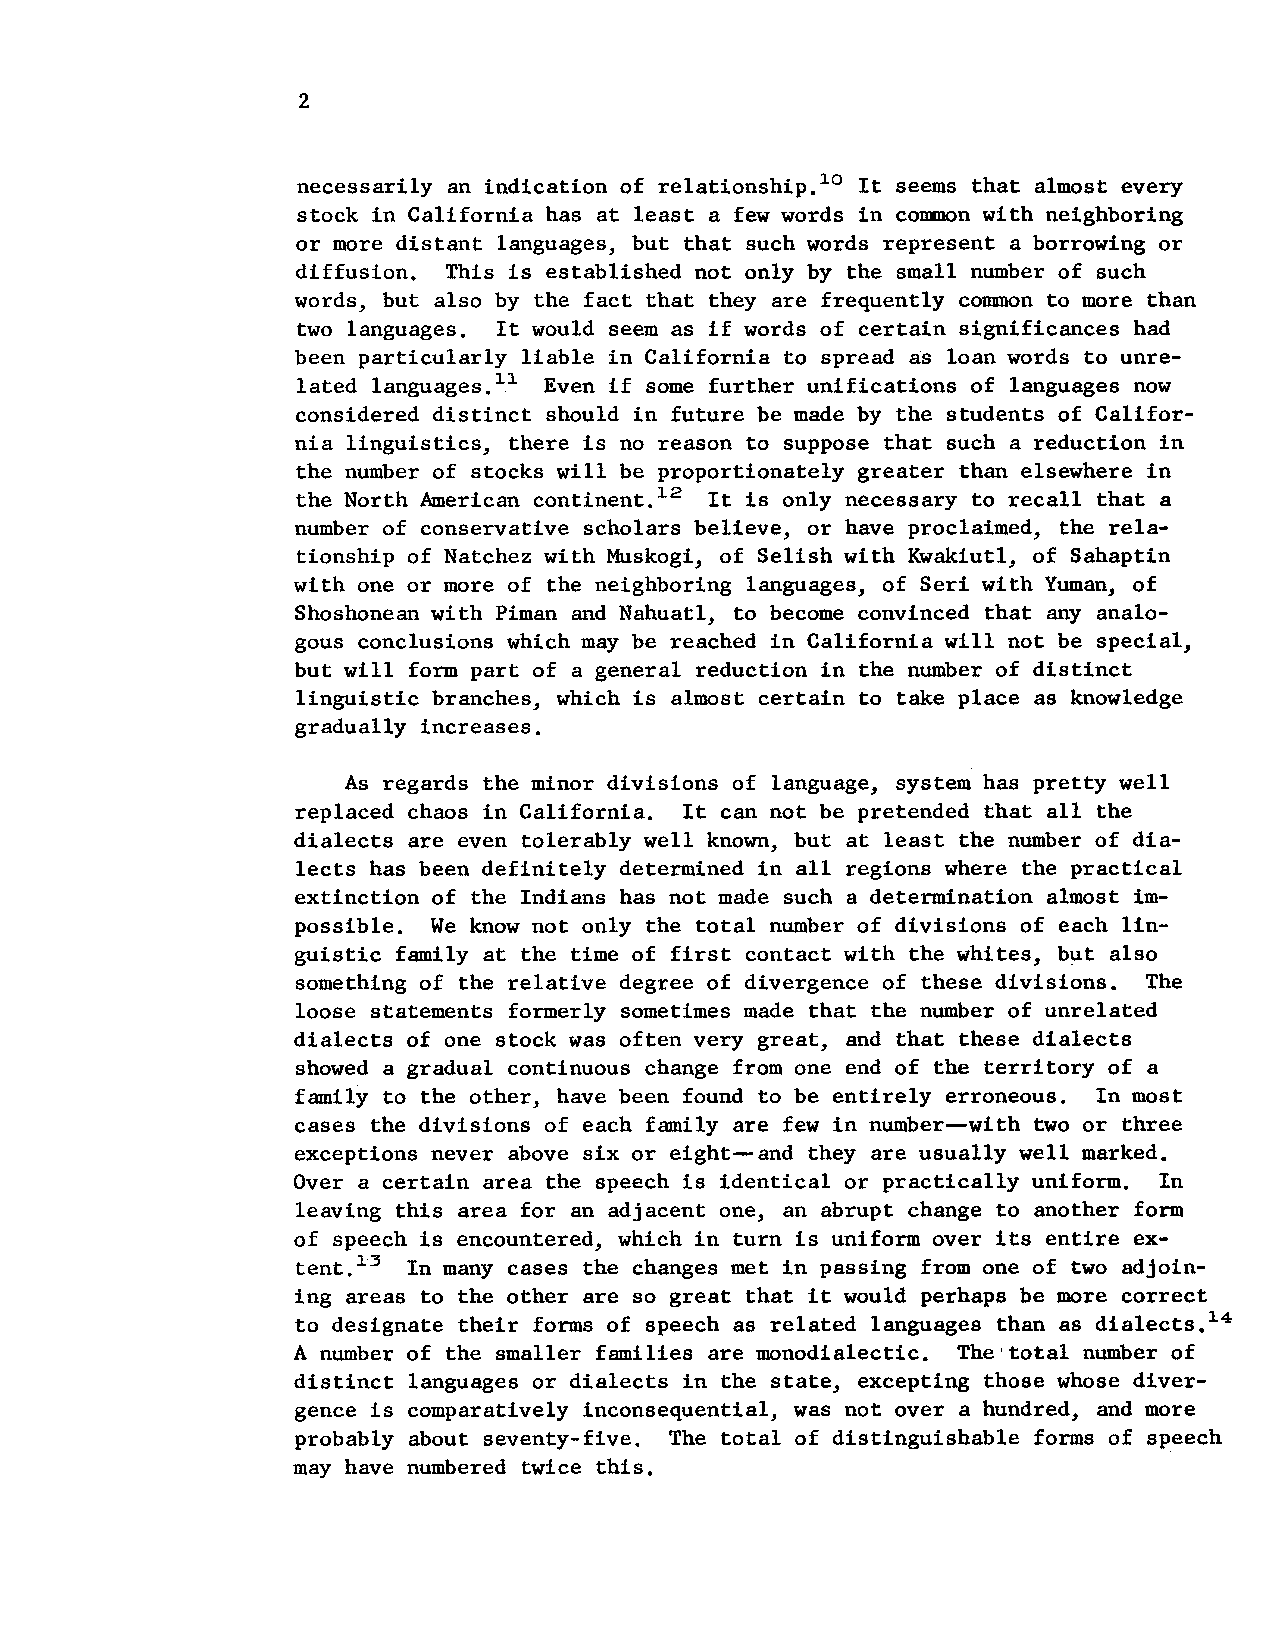
2
 necessarily an indication of relationship.'0 It seems that almost every
 stock in California has at least a few words in common with neighboring
 or more distant languages, but that such words represent a borrowing or
 diffusion. This is established not only by the small number of such
 words, but also by the fact that they are frequently common to more than
 two languages. It would seem as if words of certain significances had
 been particularly liable in California to spread as loan words to unre-
 lated languages.". Even if some further unifications of languages now
 considered distinct should in future be made by the students of Califor-
 nia linguistics, there is no reason to suppose that such a reduction in
 the number of stocks will be proportionately greater than elsewhere in
 the North American continent.12 It is only necessary to recall that a
 number of conservative scholars believe, or have proclaimed, the rela-
 tionship of Natchez with Muskogi, of Selish with Kwakiutl, of Sahaptin
 with one or more of the neighboring languages, of Seri with Yuman, of
 Shoshonean with Piman and Nahuatl, to become convinced that any analo-
 gous conclusions which may be reached in California will not be special,
 but will form part of a general reduction in the number of distinct
 linguistic branches, which is almost certain to take place as knowledge
 gradually increases.
 As regards the minor divisions of language, system has pretty well
 replaced chaos in California. It can not be pretended that all the
 dialects are even tolerably well known, but at least the number of dia-
 lects has been definitely determined in all regions where the practical
 extinction of the Indians has not made such a determination almost im-
 possible. We know not only the total number of divisions of each lin-
 guistic family at the time of first contact with the whites, but also
 something of the relative degree of divergence of these divisions. The
 loose statements formerly sometimes made that the number of unrelated
 dialects of one stock was often very great, and that these dialects
 showed a gradual continuous change from one end of the territory of a
 family to the other, have been found to be entirely erroneous. In most
 cases the divisions of each family are few in number-with two or three
 exceptions never above six or eight-and they are usually well marked.
 Over a certain area the speech is identical or practically uniform. In
 leaving this area for an adjacent one, an abrupt change to another form
 of speech is encountered, which in turn is uniform over its entire ex-
 tent.13 In many cases the changes met in passing from one of two adjoin-
 ing areas to the other are so great that it would perhaps be more correct
 to designate their forms of speech as related languages than as dialects.14
 A number of the smaller families are monodialectic. The total number of
 distinct languages or dialects in the state, excepting those whose diver-
 gence is comparatively inconsequential, was not over a hundred, and more
 probably about seventy-five. The total of distinguishable forms of speech
 may have numbered twice this.